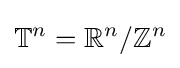
\mathbb {T} ^{n}=\mathbb {R} ^{n}/\mathbb {Z} ^{n}